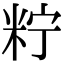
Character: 𥹍